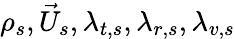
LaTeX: \rho_{s},{\vec{U}}_{s},\lambda_{t,s},\lambda_{r,s},\lambda_{v,s}